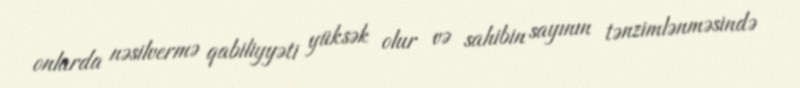
onlarda nəsilvermə qabiliyyəti yüksək olur və sahibin sayının tənzimlənməsində